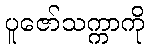
ပူဇော်သက္ကာကို